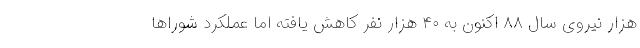
هزار نیروی سال ۸۸ اکنون به ۴۰ هزار نفر کاهش یافته اما عملکرد شوراها